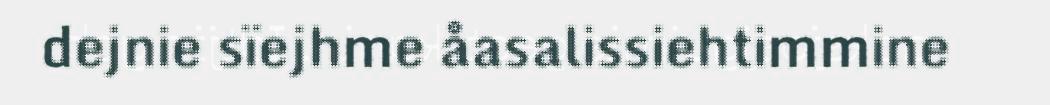
dejnie sïejhme åasalissiehtimmine